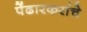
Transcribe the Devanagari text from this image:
पेंढारकरांचे